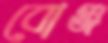
বোঞ্জ